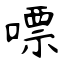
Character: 嘌